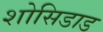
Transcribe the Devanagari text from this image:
शोसिडाड